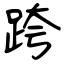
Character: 跨